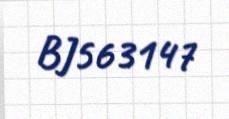
BJ563147